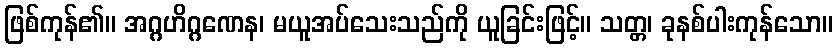
ဖြစ်ကုန်၏။ အဂ္ဂဟိဂ္ဂဏေန၊ မယူအပ်သေးသည်ကို ယူခြင်းဖြင့်။ သတ္တ၊ ခုနစ်ပါးကုန်သော။